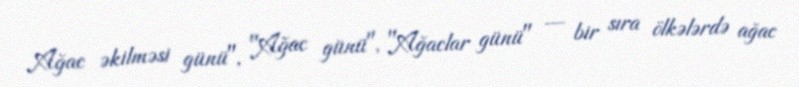
Ağac əkilməsi günü", "Ağac günü", "Ağaclar günü" — bir sıra ölkələrdə ağac